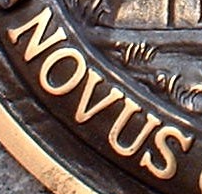
NOVUS